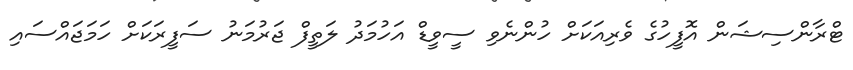
ޓްރާންސިޝަން އޮފީހުގެ ވެރިއަކަށް ހުންނެވި ސީވީޑް އަހުމަދު ލަތީފް ޖަރުމަނު ސަފީރަކަށް ހަމަޖައްސައި